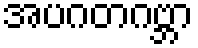
အပဂတဂဗ္ဘာ